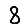
Digit: 8